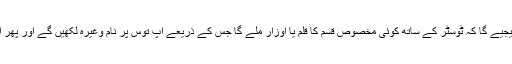
درج بالا تفصیل سے آپ یہ مت سمجھ لیجیے گا کہ ٹوسٹر کے ساتھ کوئی مخصوص قسم کا قلم یا اوزار ملے گا جس کے ذریعے آپ توس پر نام وغیرہ لکھیں گے اور پھر اسے ٹوسٹر میں رکھ کر سینک لیں گے۔